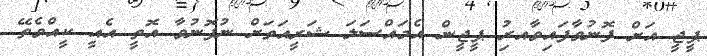
ޕީޖީ އަށް ފޮނުވާފައިވާއރިު ޕީޖީން އެމައްސަލަ ޝަރީއަތަށް ނުފޮނުވާ އޮތީ އެއީ ކީއްވެތޭ